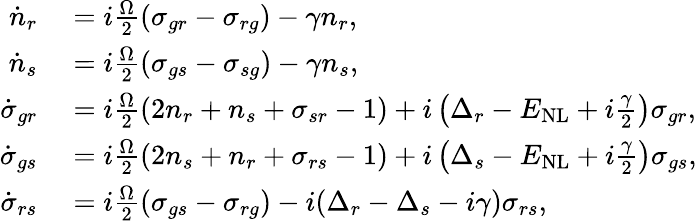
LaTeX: \begin{array}{rl}{\dot{n}_{r}}&{{}=i\frac{\Omega}{2}({\sigma}_{gr}-{\sigma}_{rg})-\gamma{n}_{r},}\\ {\dot{n}_{s}}&{{}=i\frac{\Omega}{2}({\sigma}_{gs}-{\sigma}_{sg})-\gamma{n}_{s},}\\ {\dot{\sigma}_{gr}}&{{}=i\frac{\Omega}{2}(2{n}_{r}+{n}_{s}+{\sigma}_{sr}-1)+i\left(\Delta_{r}-E_{\mathrm{NL}}+i\frac{\gamma}{2}\right){\sigma}_{gr},}\\ {\dot{\sigma}_{gs}}&{{}=i\frac{\Omega}{2}(2{n}_{s}+{n}_{r}+{\sigma}_{rs}-1)+i\left(\Delta_{s}-E_{\mathrm{NL}}+i\frac{\gamma}{2}\right){\sigma}_{gs},}\\ {\dot{\sigma}_{rs}}&{{}=i\frac{\Omega}{2}({\sigma}_{gs}-{\sigma}_{rg})-i(\Delta_{r}-\Delta_{s}-i{\gamma}){\sigma}_{rs},}\end{array}